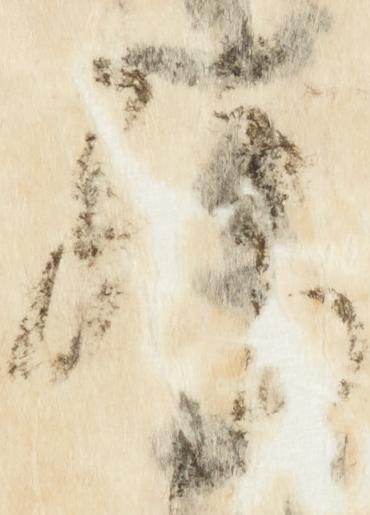
拝